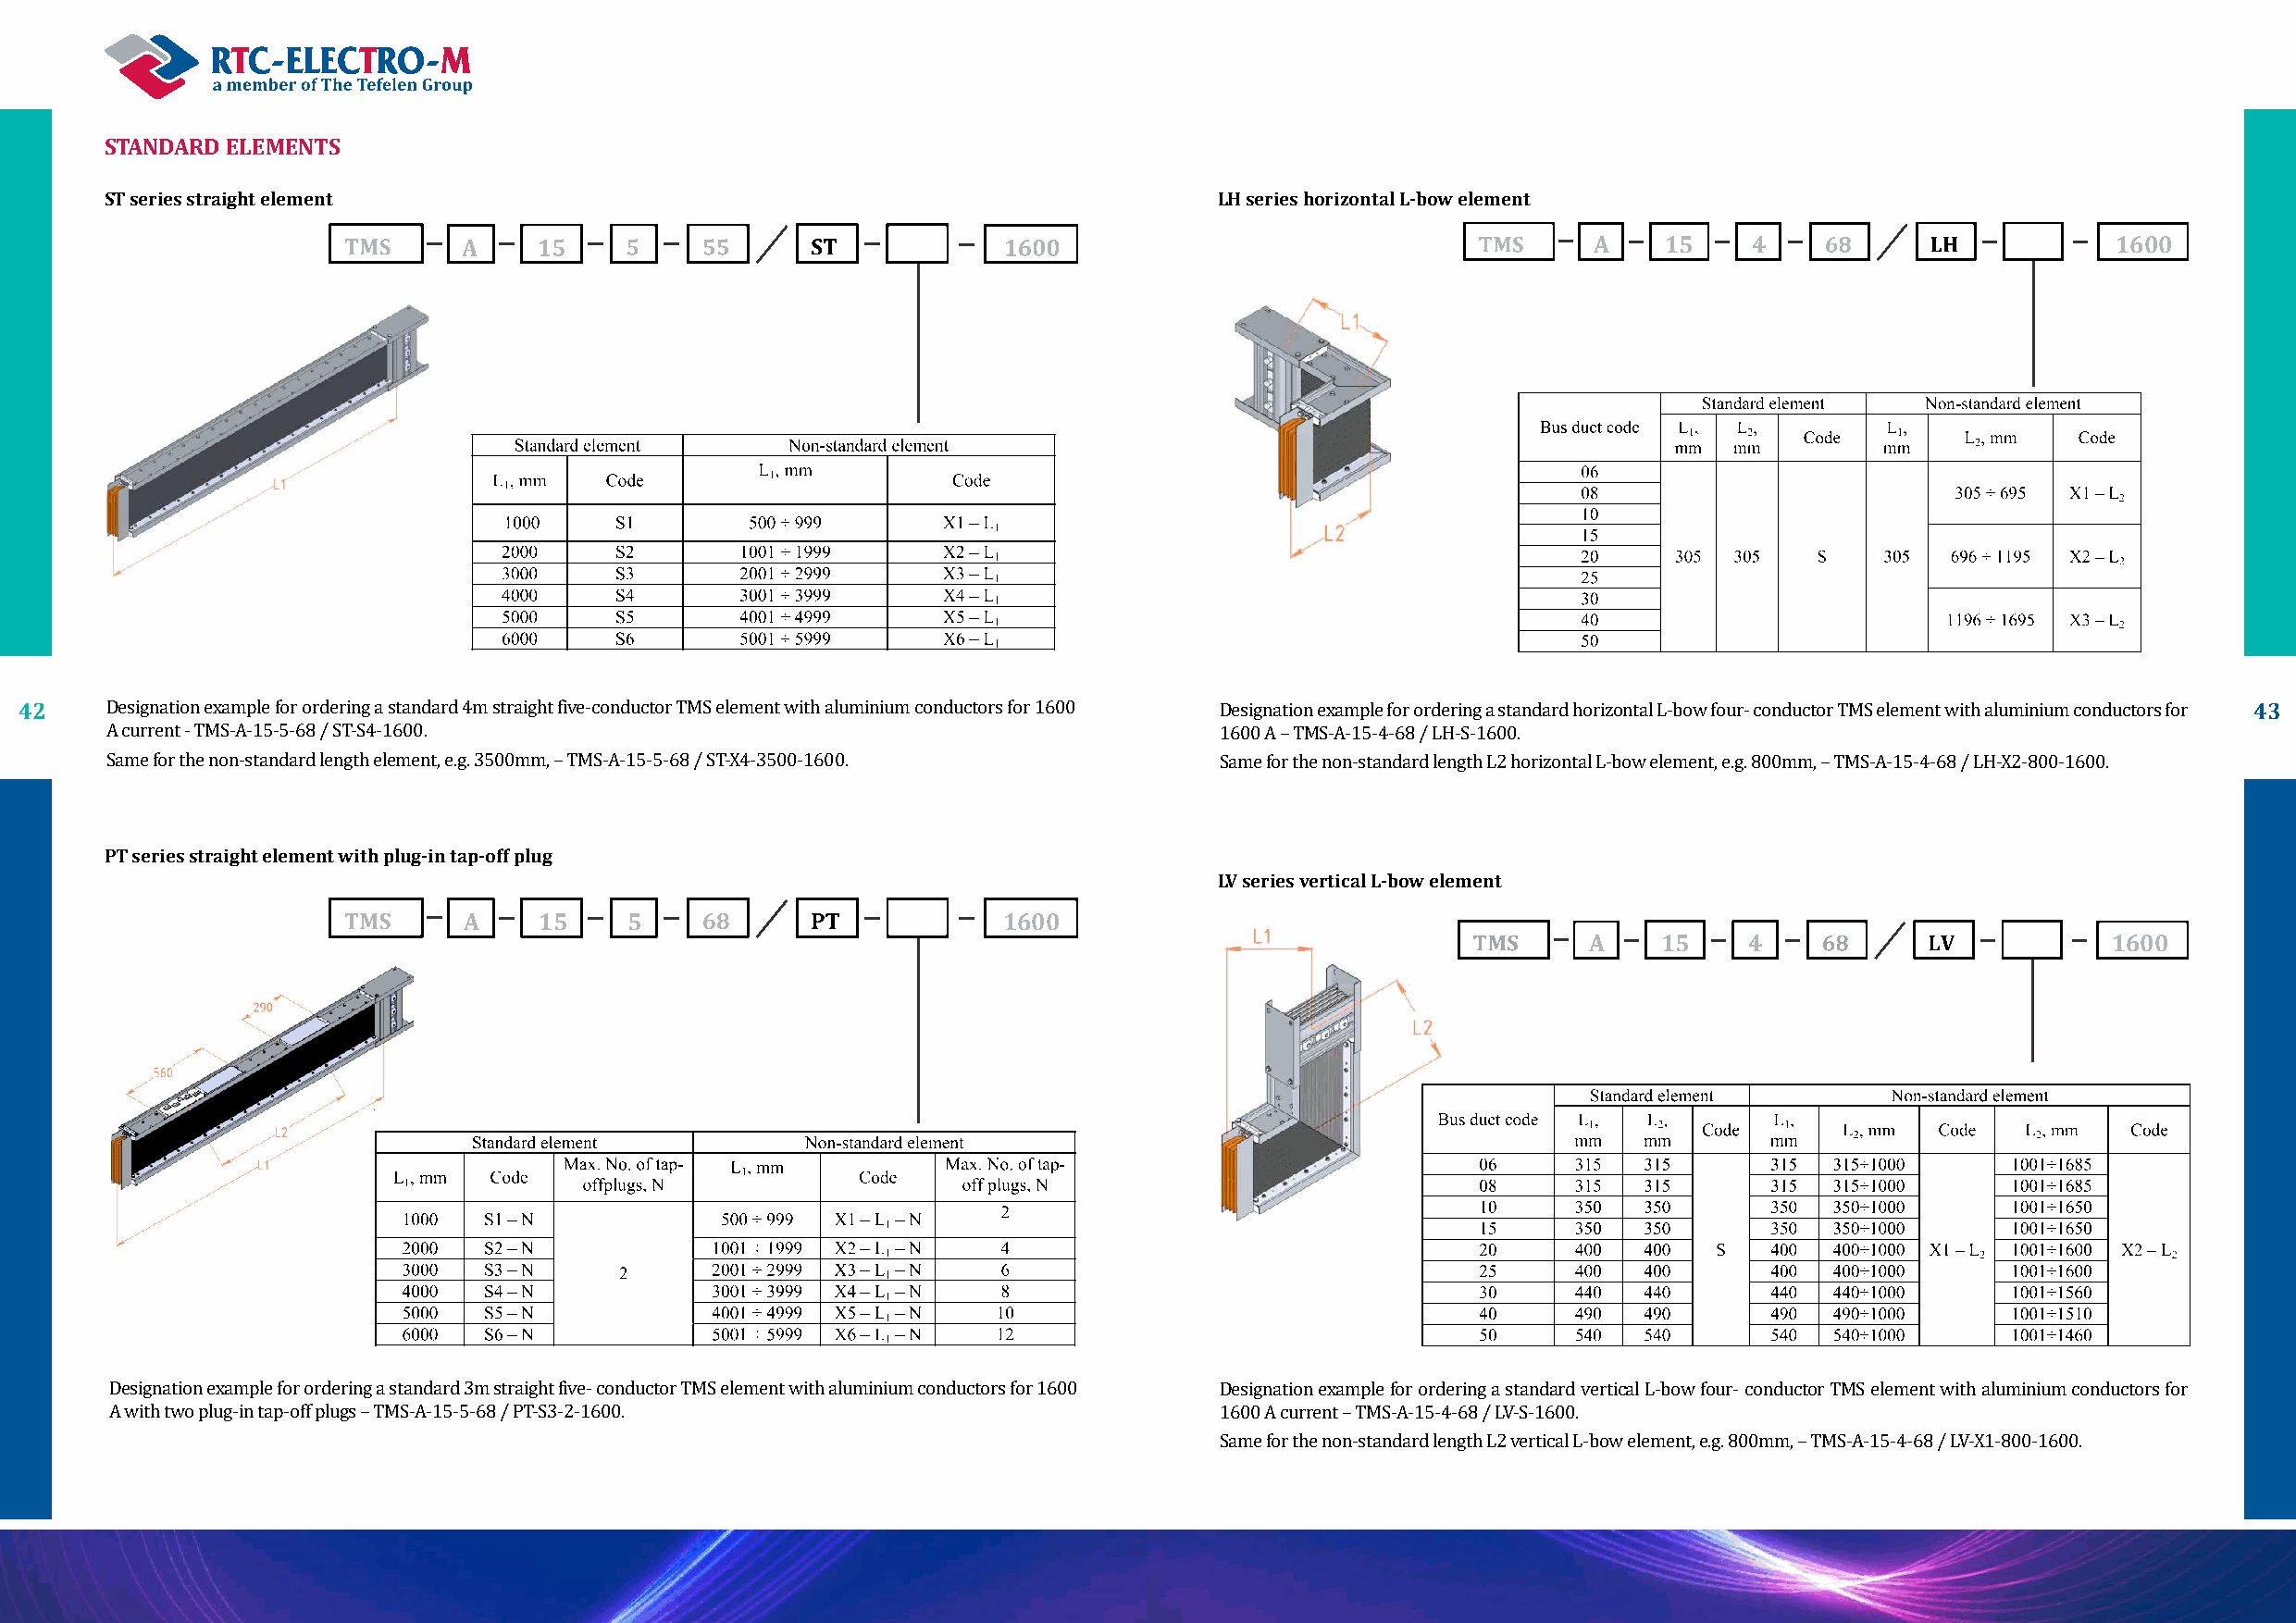
STANDARD ELEMENTS
 ST series straight element                                                      LH series horizontal L-bow element
 А    15    4                         1600
 42                                                                                                                                                              43
 Designation example for ordering a standard 4m straight five-conductor TMS element with aluminium conductors for 1600 Designation example for ordering a standard horizontal L-bow four- conductor TMS element with aluminium conductors for
 А current - TMS-A-15-5-68 / ST-S4-1600.                                        1600 А – TMS-A-15-4-68 / LH-S-1600.
 Same for the non-standard length element, e.g. 3500mm, – TMS-A-15-5-68 / ST-X4-3500-1600. Same for the non-standard length L2 horizontal L-bow element, e.g. 800mm, – TMS-A-15-4-68 / LH-X2-800-1600.
 PT series straight element with plug-in tap-off plug
 LV series vertical L-bow element
 А     15    5                          1600
 А    15    4                         1600
 Designation example for ordering a standard 3m straight five- conductor TMS element with aluminium conductors for 1600 Designation example for ordering a standard vertical L-bow four- conductor TMS element with aluminium conductors for
 А with two plug-in tap-off plugs – TMS-A-15-5-68 / PT-S3-2-1600.               1600 А current – TMS-A-15-4-68 / LV-S-1600.
 Same for the non-standard length L2 vertical L-bow element, e.g. 800mm, – TMS-A-15-4-68 / LV-X1-800-1600.